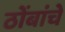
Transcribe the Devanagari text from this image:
ठोंबांचे